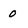
Character: 0